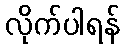
လိုက်ပါရန်